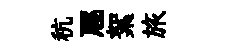
秔豗絮旅